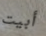
أبيت